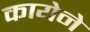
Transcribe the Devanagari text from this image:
कायेने